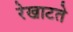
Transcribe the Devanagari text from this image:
रेखाटते